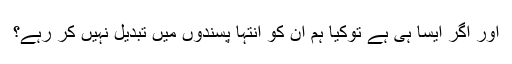
اور اگر ایسا ہی ہے توکیا ہم ان کو انتہا پسندوں میں تبدیل نہیں کر رہے؟